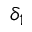
\delta _ { 1 }